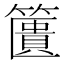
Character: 籄